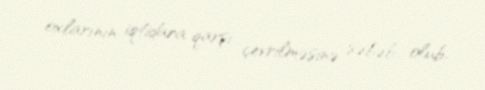
oxlarının iqtidara qarşı çevrilməsinə səbəb olub.